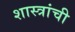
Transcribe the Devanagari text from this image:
शास्त्रांची